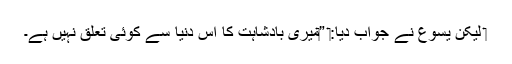
‏ لیکن یسوع نے جواب دیا:‏ ”‏میری بادشاہت کا اِس دُنیا سے کوئی تعلق نہیں ہے۔